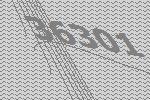
36301